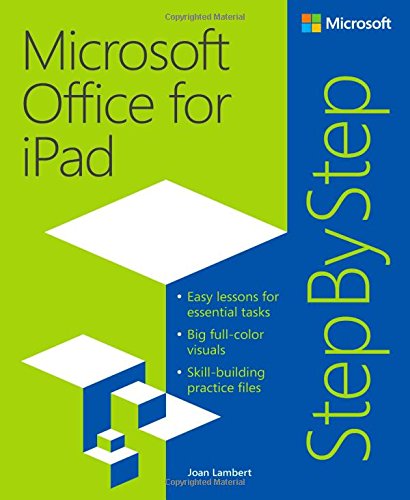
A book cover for Microsoft Office for iPad Step by Step; Joan Lambert; Computers & Technology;